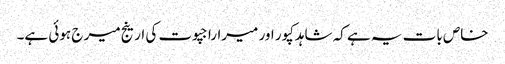
خاص بات یہ ہے کہ شاہدکپور اور میراراجپوت کی ارینج میر ج ہوئی ہے۔